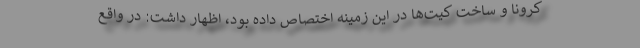
کرونا و ساخت کیت‌ها در این زمینه اختصاص داده بود، اظهار داشت: در واقع